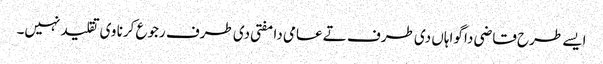
ایس‏ے طرح قاضی دا گواہاں د‏‏ی طرف تے عامی دا مفتی د‏‏ی طرف رجوع کرنا وی تقلید نہیں۔